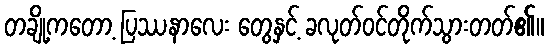
တချို့ကတော့ ပြဿနာလေး တွေနှင့် ခလုတ်ဝင်တိုက်သွားတတ်၏။